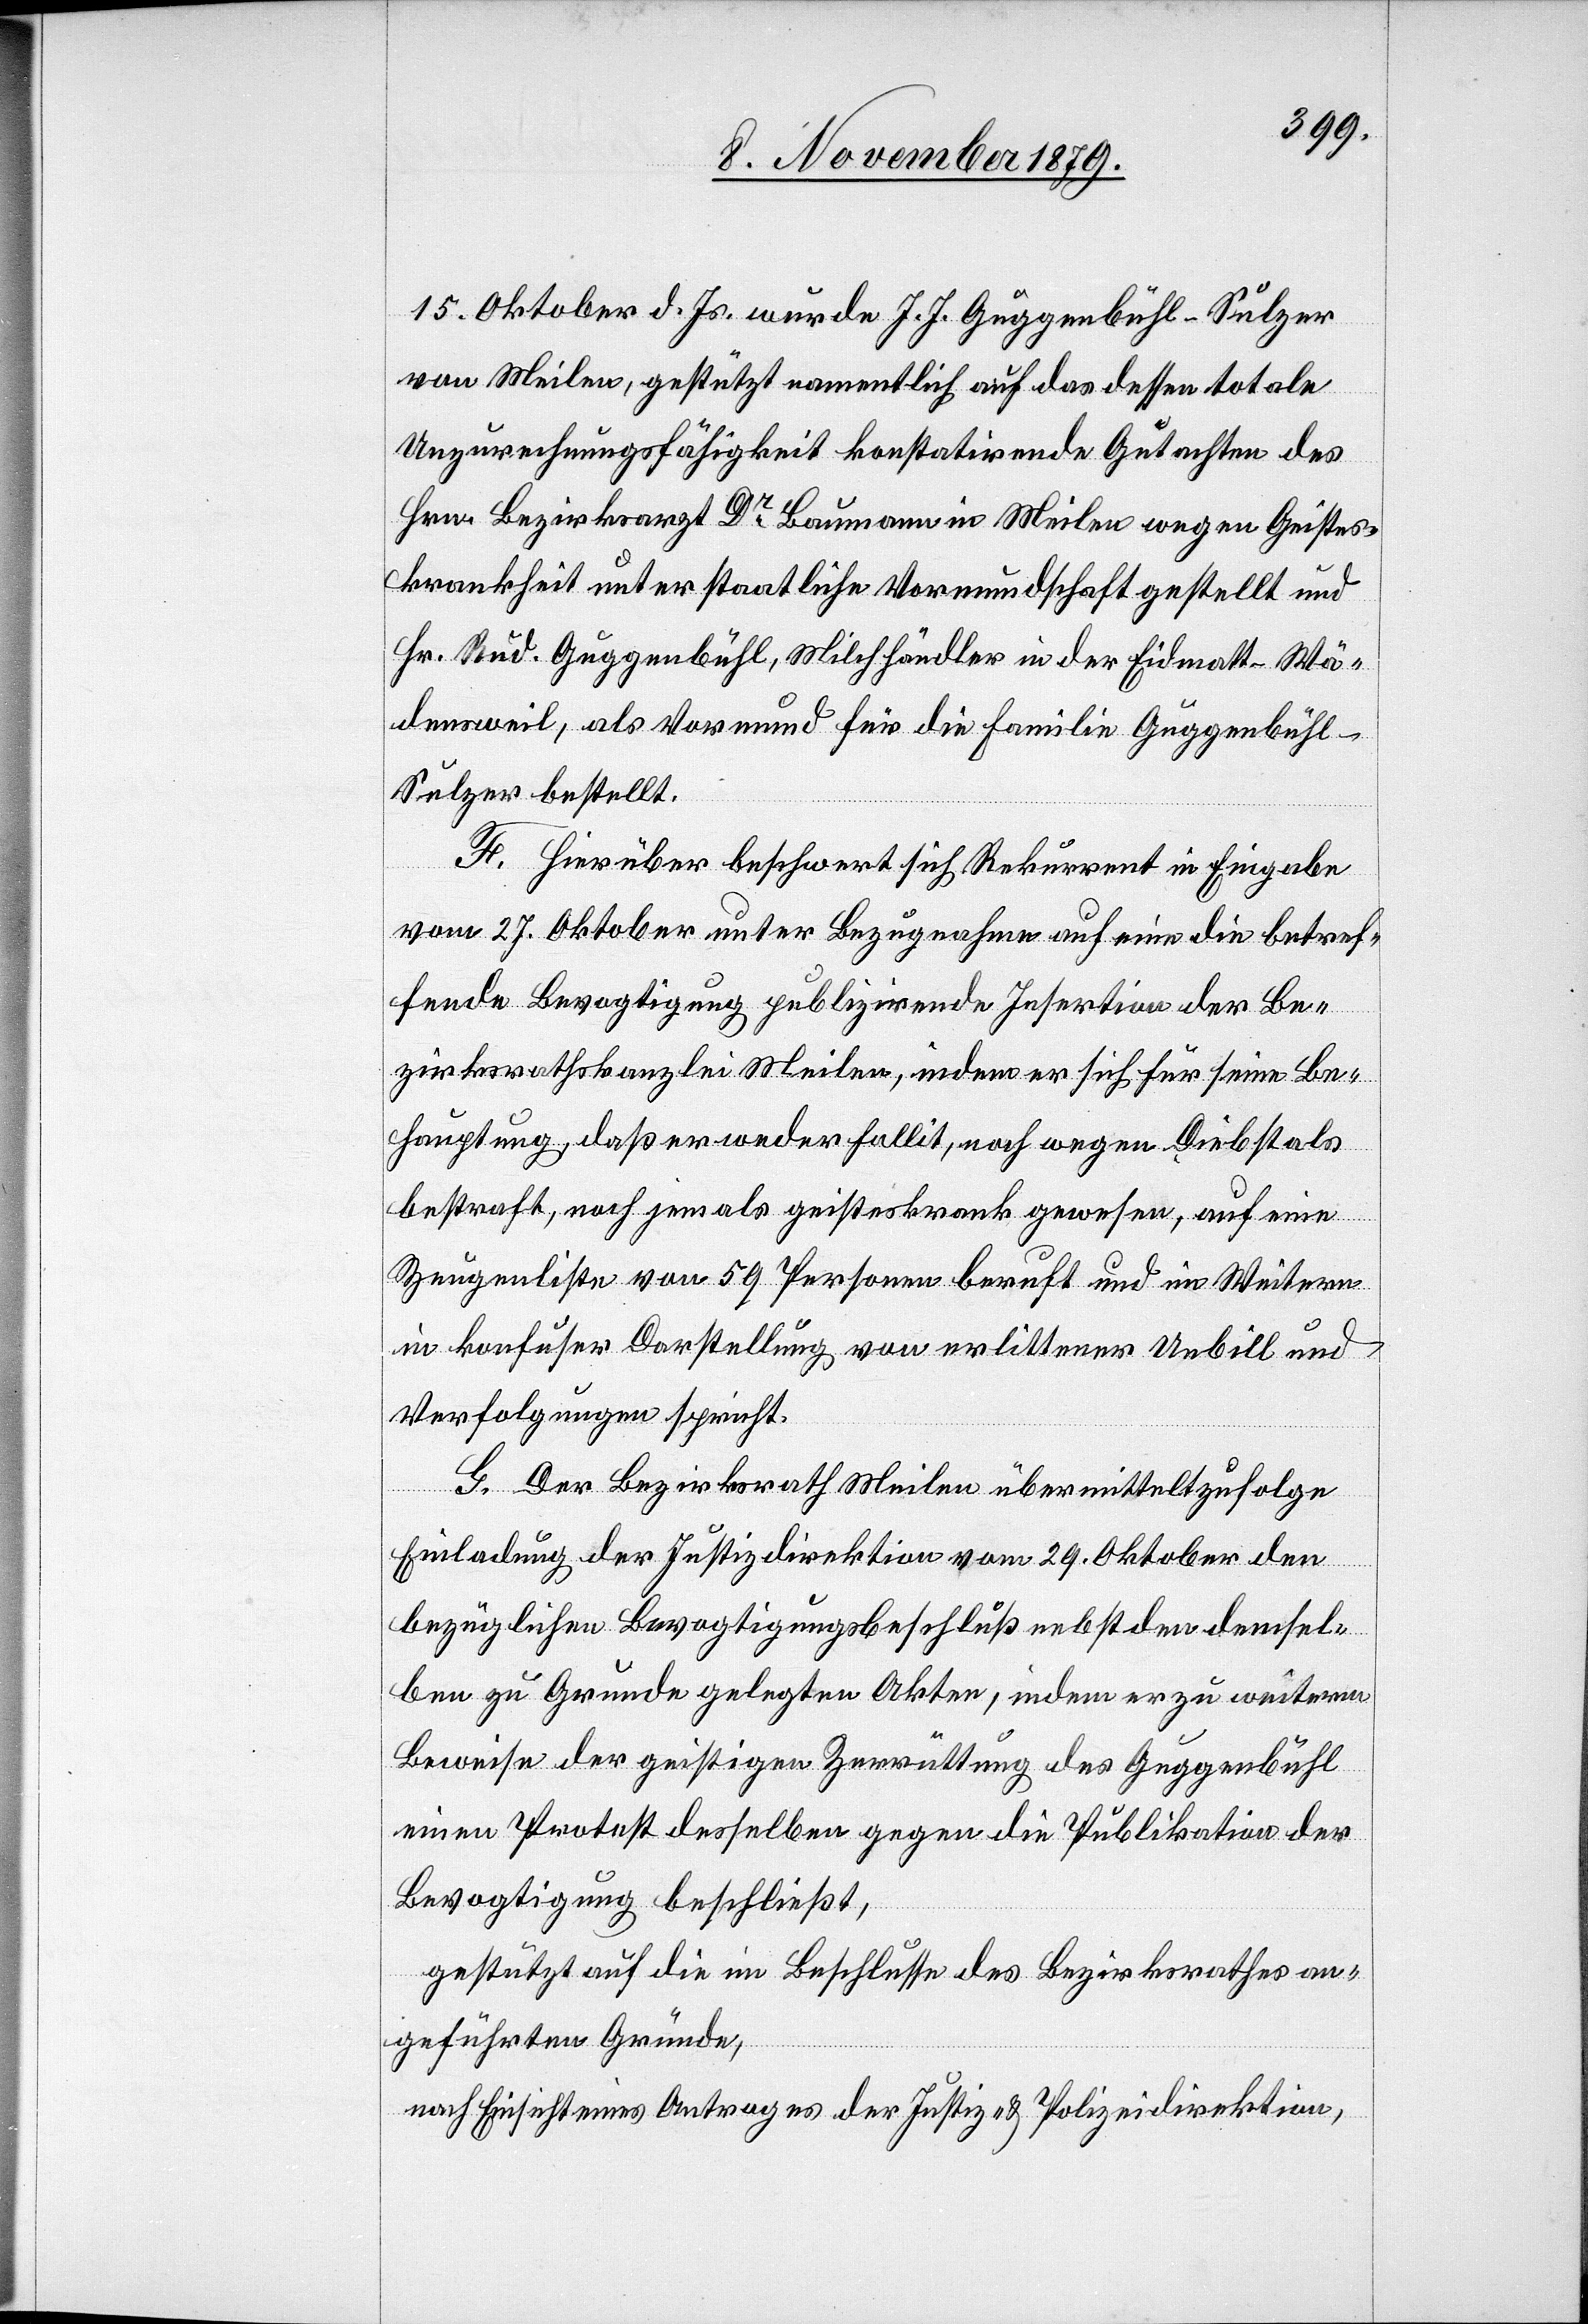
15. Oktober d. Js. wurde J. J. Guggenbühl-Sulzer
von Meilen, gestützt namentlich auf das dessen totale
Unzurechnungsfähigkeit konstatirende Gutachten des
Hrn. Bezirksarzt Dr Baumann in Meilen wegen Geistes¬
krankheit unter staatliche Vormundschaft gestellt und
Hr. Rud. Guggenbühl, Milchhändler in der Eidmatt - Wä¬
densweil, als Vormund für die Familie Guggenbühl-S¬
ulzer bestellt.
F. Hierüber beschwert sich Rekurrent in Eingabe
vom 27. Oktober unter Bezugnahme auf eine die betref¬
fende Bevogtigung publizirende Insertion der sich
Behauptung, daß er weder fallit, noch wegen Diebstals
bestraft, noch jemals geisteskrank gewesen, auf eine
Zeugenliste von 59 Personen beruft und im Weitern
in konfuser Darstellung von erlittener Unbill und
Verfolgungen spricht.
G. Der Bezirksrath Meilen übermittelt zufolge
Einladung der Justizdirektion vom 29. Oktober den
bezüglichen Bevogtigungsbeschluß nebst den demsel¬
ben zu Grunde gelegten Akten, indem er zu weiterm
Beweise der geistigen Zerrüttung des Guggenbühl
einen Protest desselben gegen die Publikation der
Bevogtigung beschließt,
gestützt auf die im Beschlusse des Bezirksrathes an¬
geführten Gründe,
nach Einsicht eines Antrages der Justiz- & Polizeidirektion,